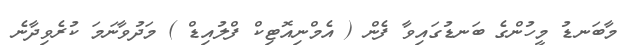
މާބަނޑު މީހުންގެ ބަނޑުގައިވާ ފެން ( އެމްނިއޮޓިކް ފްލުއިޑް ) މަދުވާނަމަ ކުރެވިދާނެ